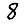
Digit: 8